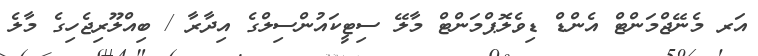
އަރ މެނޭޖްމަންޓް އެންޑް ޑިވެލޮޕްމަންޓް މާލޭ ސިޓީކައުންސިލްގެ އިދާރާ / ބިއްލޫރިޖެހިގެ މާލެ